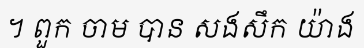
។ ពួក ចាម បាន សងសឹក យ៉ាង